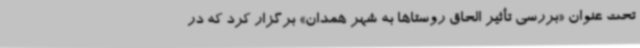
تحت عنوان «بررسی تأثیر الحاق روستاها به شهر همدان» برگزار کرد که در